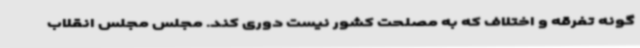
گونه تفرقه و اختلاف که به مصلحت کشور نیست دوری کند. مجلس مجلس انقلاب